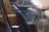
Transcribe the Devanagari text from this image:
सुताल